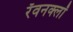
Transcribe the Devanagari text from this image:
रॅवनक्लॉ